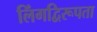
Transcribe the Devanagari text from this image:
लिंगद्विरूपता